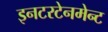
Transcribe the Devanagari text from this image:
इनटरटेनमेन्ट